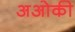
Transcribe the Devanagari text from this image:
अओकी